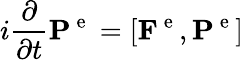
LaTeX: i\frac{\partial}{\partial t}\mathbf{P}^{\mathrm{~e~}}=\left[\mathbf{F}^{\mathrm{~e~}},\mathbf{P}^{\mathrm{~e~}}\right]